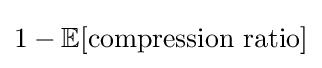
1-\mathbb {E} [{\text{compression ratio}}]